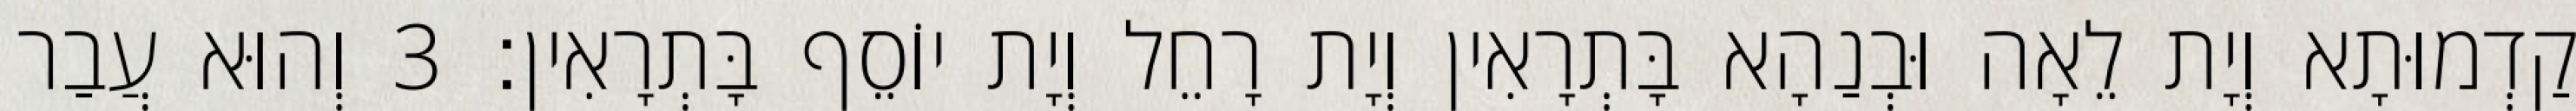
קַדְמוּתָא וְיָת לֵאָה וּבְנַהָא בָּתְרָאִין וְיָת רָחֵל וְיָת יוֹסֵף בָּתְרָאִין׃ 3 וְהוּא עֲבַר